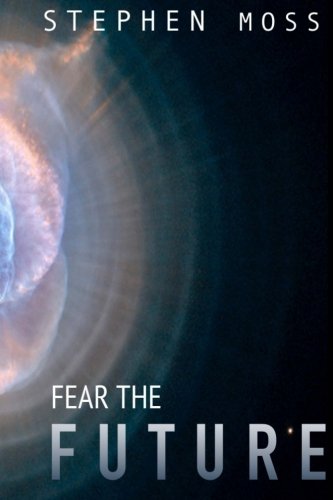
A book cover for Fear the Future (The Fear Saga) (Volume 3); Stephen Moss; Science Fiction & Fantasy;